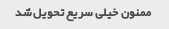
ممنون خیلی سریع تحویل شد